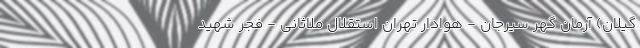
گیلان) آرمان گهر سیرجان - هوادار تهران استقلال ملاثانی - فجر شهید